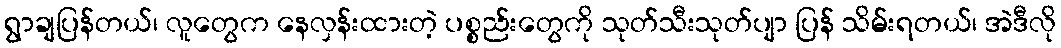
ရွာချပြန်တယ်၊ လူတွေက နေလှန်းထားတဲ့ ပစ္စည်းတွေကို သုတ်သီးသုတ်ပျာ ပြန် သိမ်းရတယ်၊ အဲဒီလို